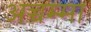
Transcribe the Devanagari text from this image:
अच्चम्मा